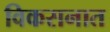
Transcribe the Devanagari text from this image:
विकसनात